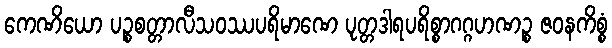
ကေဏိယော ပဉ္စစတ္တာလီသဝဿပရိမာဏေ ပုတ္တဒါရပရိစ္စာဂဂ္ဂဟဏဉ္စ ဇဝနကိစ္စံ